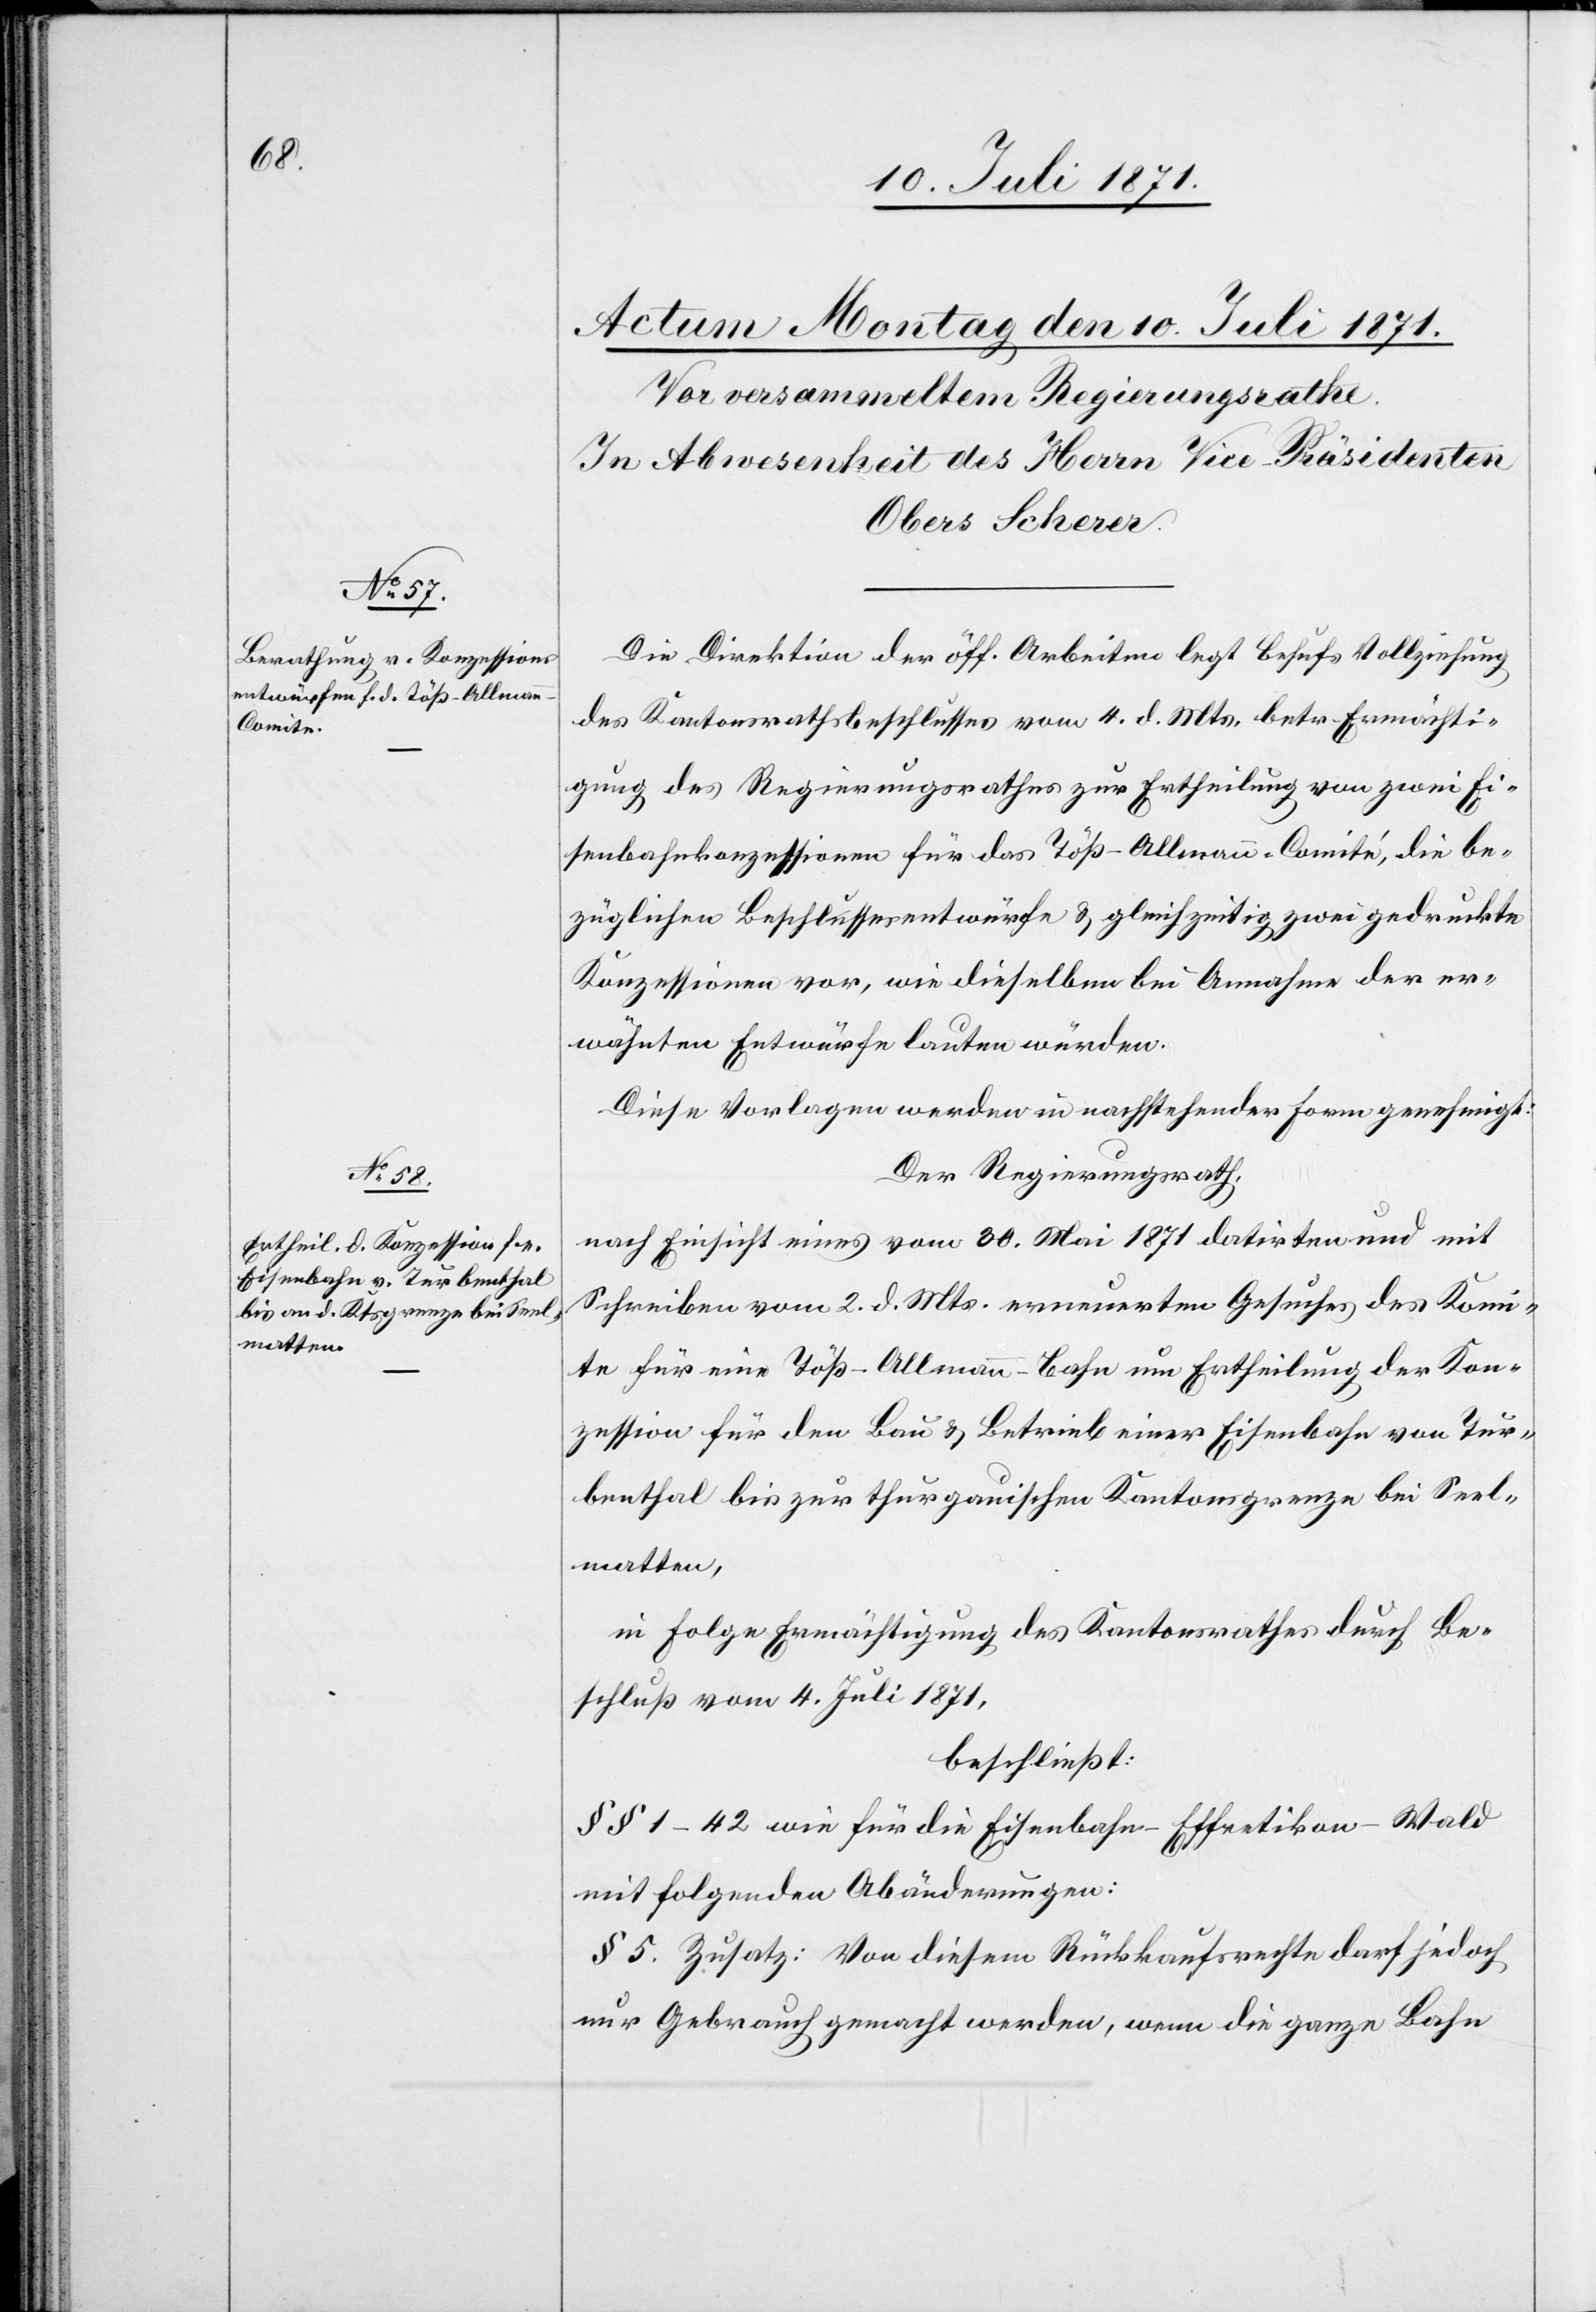
Die Direktion der öff. Arbeiten legt behufs Vollziehung
des Kantonsrathsbeschlusses vom 4. d. Mts. betr. Ermächti¬
gung des Regierungsrathes zur Ertheilung von zwei Ei¬
senbahnkonzessionen für das Töß-Allmann-Comité, die be¬
züglichen Beschlussesentwürfe u. gleichzeitig zwei gedruckte
Konzessionen vor, wie dieselben bei Annahme der er¬
wähnten Entwürfe lauten würden.
Diese Vorlagen werden in nachstehender Form genehmigt:
Der Regierungsrath,
nach Einsicht eines vom 30. Mai 1871 datirten und mit
Schreiben vom 2. d. Mts. erneuerten Gesuches des Komi¬
tee für eine Töß-Allmann-Bahn um Ertheilung der Kon¬
zession für den Bau u. Betrieb einer Eisenbahn von Tur¬
benthal bis zur thurgauischen Kantonsgrenze bei Seel¬
matten,
in Folge Ermächtigung des Kantonsrathes durch Be¬
schluß vom 4. Juli 1871,
beschließt:
§§ 1–42 wie für die Eisenbahn-Effretikon-Wald
mit folgenden Abänderungen:
§ 5. Zusatz: Von diesem Rückkaufsrechte darf jedoch
nur Gebrauch gemacht werden, wenn die ganze Bahn